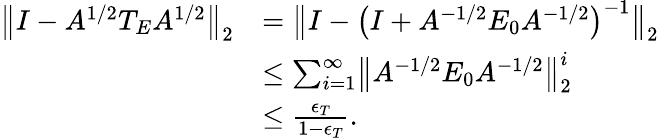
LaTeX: \begin{array}{rl}{\bigl\lVert I-A^{1/2}T_{E}A^{1/2}\bigr\rVert_{2}}&{=\bigl\lVert I-\bigl(I+A^{-1/2}E_{0}A^{-1/2}\bigr)^{-1}\bigr\rVert_{2}}\\ &{\leq\sum_{i=1}^{\infty}\bigl\lVert A^{-1/2}E_{0}A^{-1/2}\bigr\rVert_{2}^{i}}\\ &{\leq\frac{\epsilon_{T}}{1-\epsilon_{T}}.}\end{array}